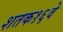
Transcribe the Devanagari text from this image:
शतक१६वे